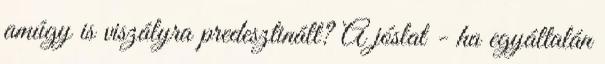
amúgy is viszályra predesztinált? A jóslat - ha egyáltalán